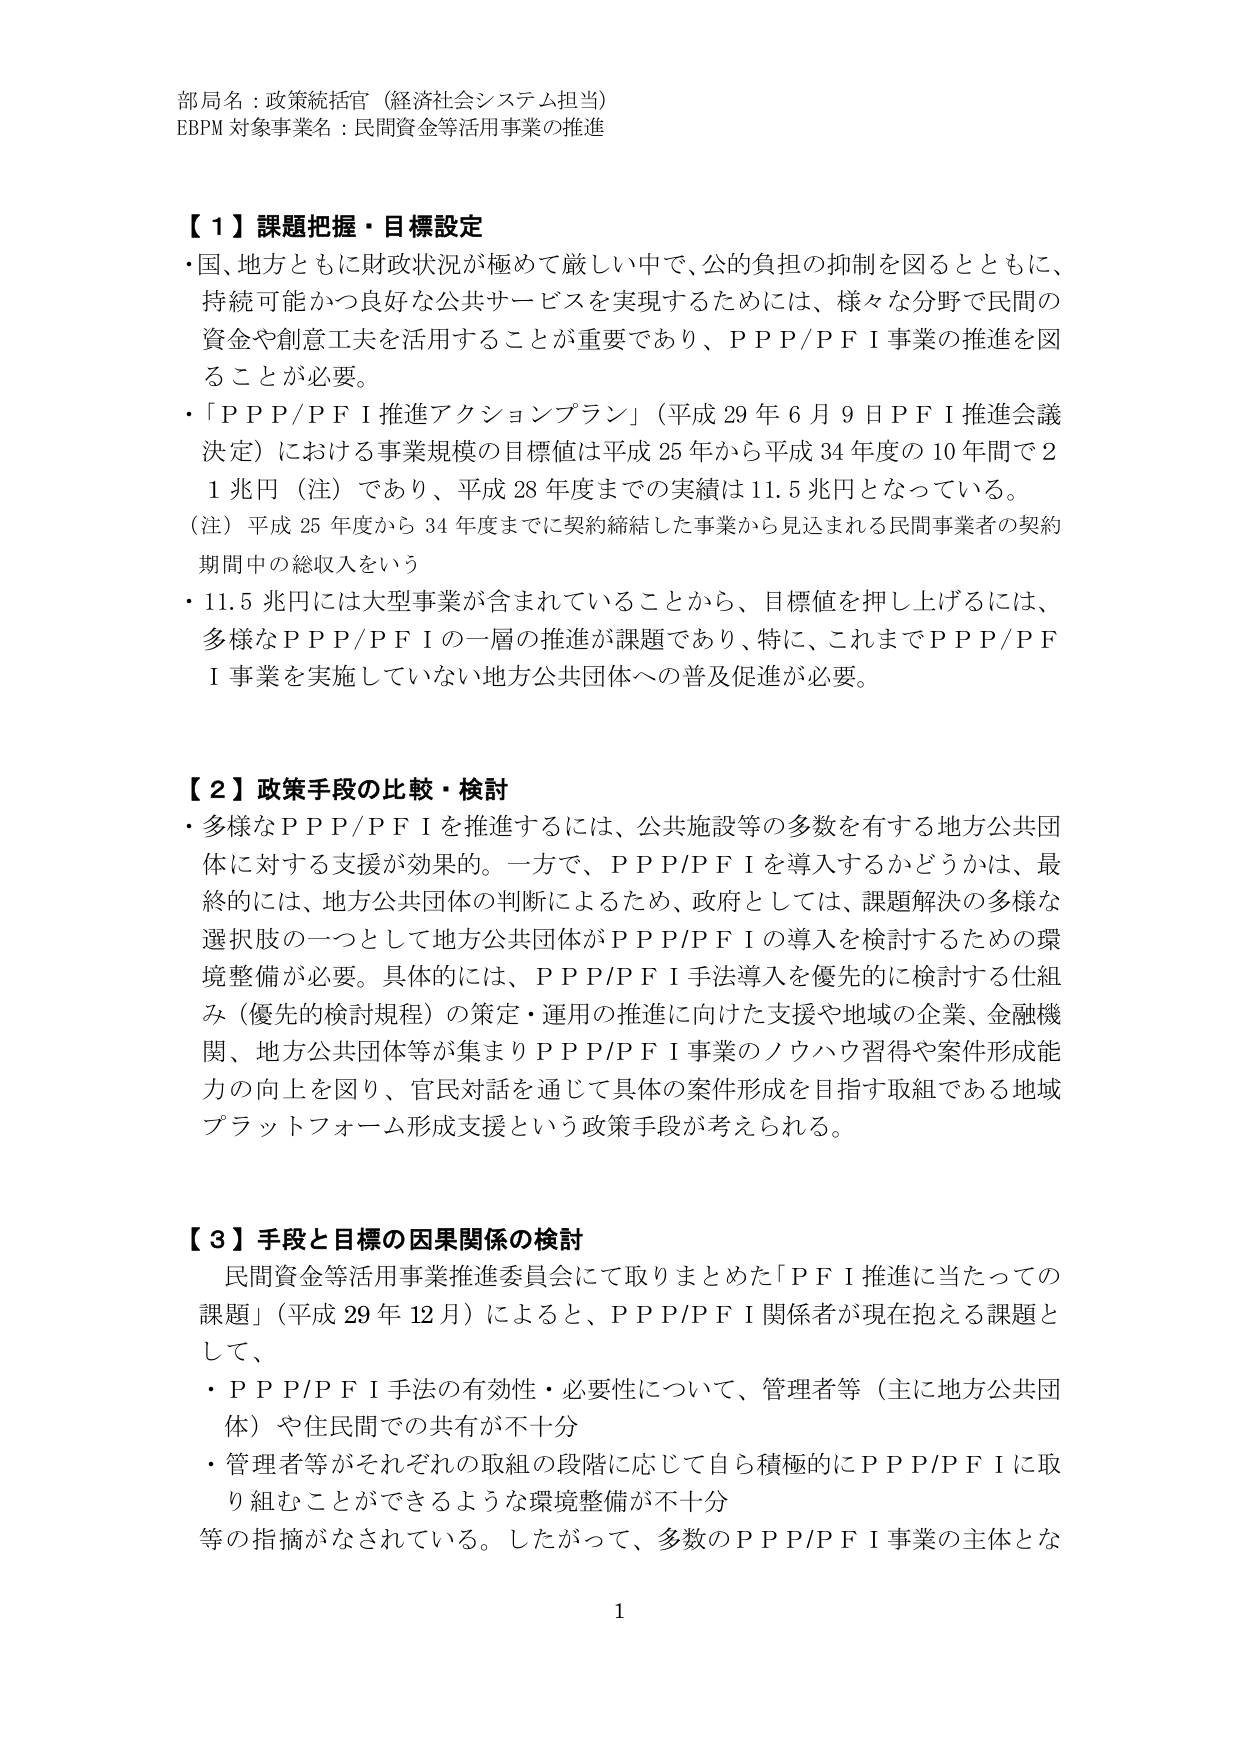
部局名：政策統括官（経済社会システム担当）
EBPM 対象事業名：民間資金等活用事業の推進

【１】課題把握・目標設定
・国、地方ともに財政状況が極めて厳しい中で、公的負担の抑制を図るとともに、
持続可能かつ良好な公共サービスを実現するためには、様々な分野で民間の
資金や創意工夫を活用することが重要であり、ＰＰＰ/ＰＦＩ事業の推進を図
ることが必要。
・「ＰＰＰ/ＰＦＩ推進アクションプラン」（平成29年6月9日ＰＦＩ推進会議
決定）における事業規模の目標値は平成25年から平成34年度の10年間で2
1兆円（注）であり、平成28年度までの実績は11.5兆円となっている。
（注）平成25年度から34年度までに契約締結した事業から見込まれる民間事業者の契約
期間中の総収入をいう
・11.5兆円には大型事業が含まれていることから、目標値を押し上げるには、
多様なＰＰＰ/ＰＦＩの一層の推進が課題であり、特に、これまでＰＰＰ/ＰＦ
Ｉ事業を実施していない地方公共団体への普及促進が必要。

【２】政策手段の比較・検討
・多様なＰＰＰ/ＰＦＩを推進するには、公共施設等の多数を有する地方公共団
体に対する支援が効果的。一方で、ＰＰＰ/ＰＦＩを導入するかどうかは、最
終的には、地方公共団体の判断によるため、政府としては、課題解決の多様な
選択肢の一つとして地方公共団体がＰＰＰ/ＰＦＩの導入を検討するための環
境整備が必要。具体的には、ＰＰＰ/ＰＦＩ手法導入を優先的に検討する仕組
み（優先的検討規程）の策定・運用の推進に向けた支援や地域の企業、金融機
関、地方公共団体等が集まりＰＰＰ/ＰＦＩ事業のノウハウ習得や案件形成能
力の向上を図り、官民対話を通じて具体的案件形成を目指す取組である地域
プラットフォーム形成支援という政策手段が考えられる。

【３】手段と目標の因果関係の検討
民間資金等活用事業推進委員会にて取りまとめた「ＰＦＩ推進に当たっての
課題」（平成29年12月）によると、ＰＰＰ/ＰＦＩ関係者が現在抱える課題と
して、
・ＰＰＰ/ＰＦＩ手法の有効性・必要性について、管理者等（主に地方公共団
体）や住民間での共有が不十分
・管理者等がそれぞれの取組の段階に応じて自ら積極的にＰＰＰ/ＰＦＩに取
り組むことができるような環境整備が不十分
等の指摘がなされている。したがって、多数のＰＰＰ/ＰＦＩ事業の主体とな

1